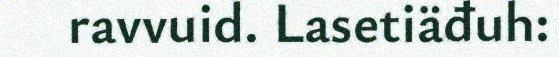
ravvuid. Lasetiäđuh: